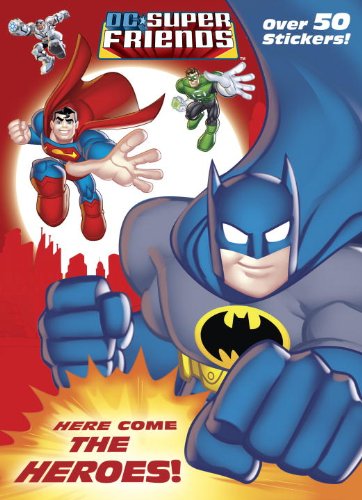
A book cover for Here Come the Heroes! (DC Super Friends) (Jumbo Coloring Book); Billy Wrecks; Children's Books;